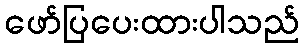
ဖော်ပြပေးထားပါသည်